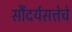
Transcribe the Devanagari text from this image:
सौंदर्यसत्तेचे